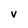
Character: v